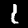
Label: 1